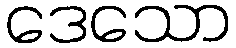
ဒေသော